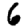
Digit: 6